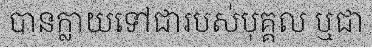
បានក្លាយទៅជារបស់បុគ្គល ឬជា